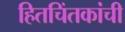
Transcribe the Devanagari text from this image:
हितचिंतकांची